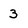
Character: 3